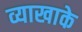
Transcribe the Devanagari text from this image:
व्याखाके